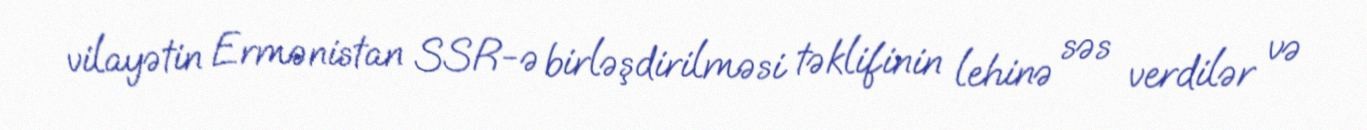
vilayətin Ermənistan SSR-ə birləşdirilməsi təklifinin lehinə səs verdilər və